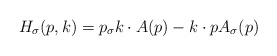
\begin{align*}H_{\sigma}(p,k) = p_{\sigma} k\cdot A(p) - k\cdot p A_{\sigma} (p)\end{align*}